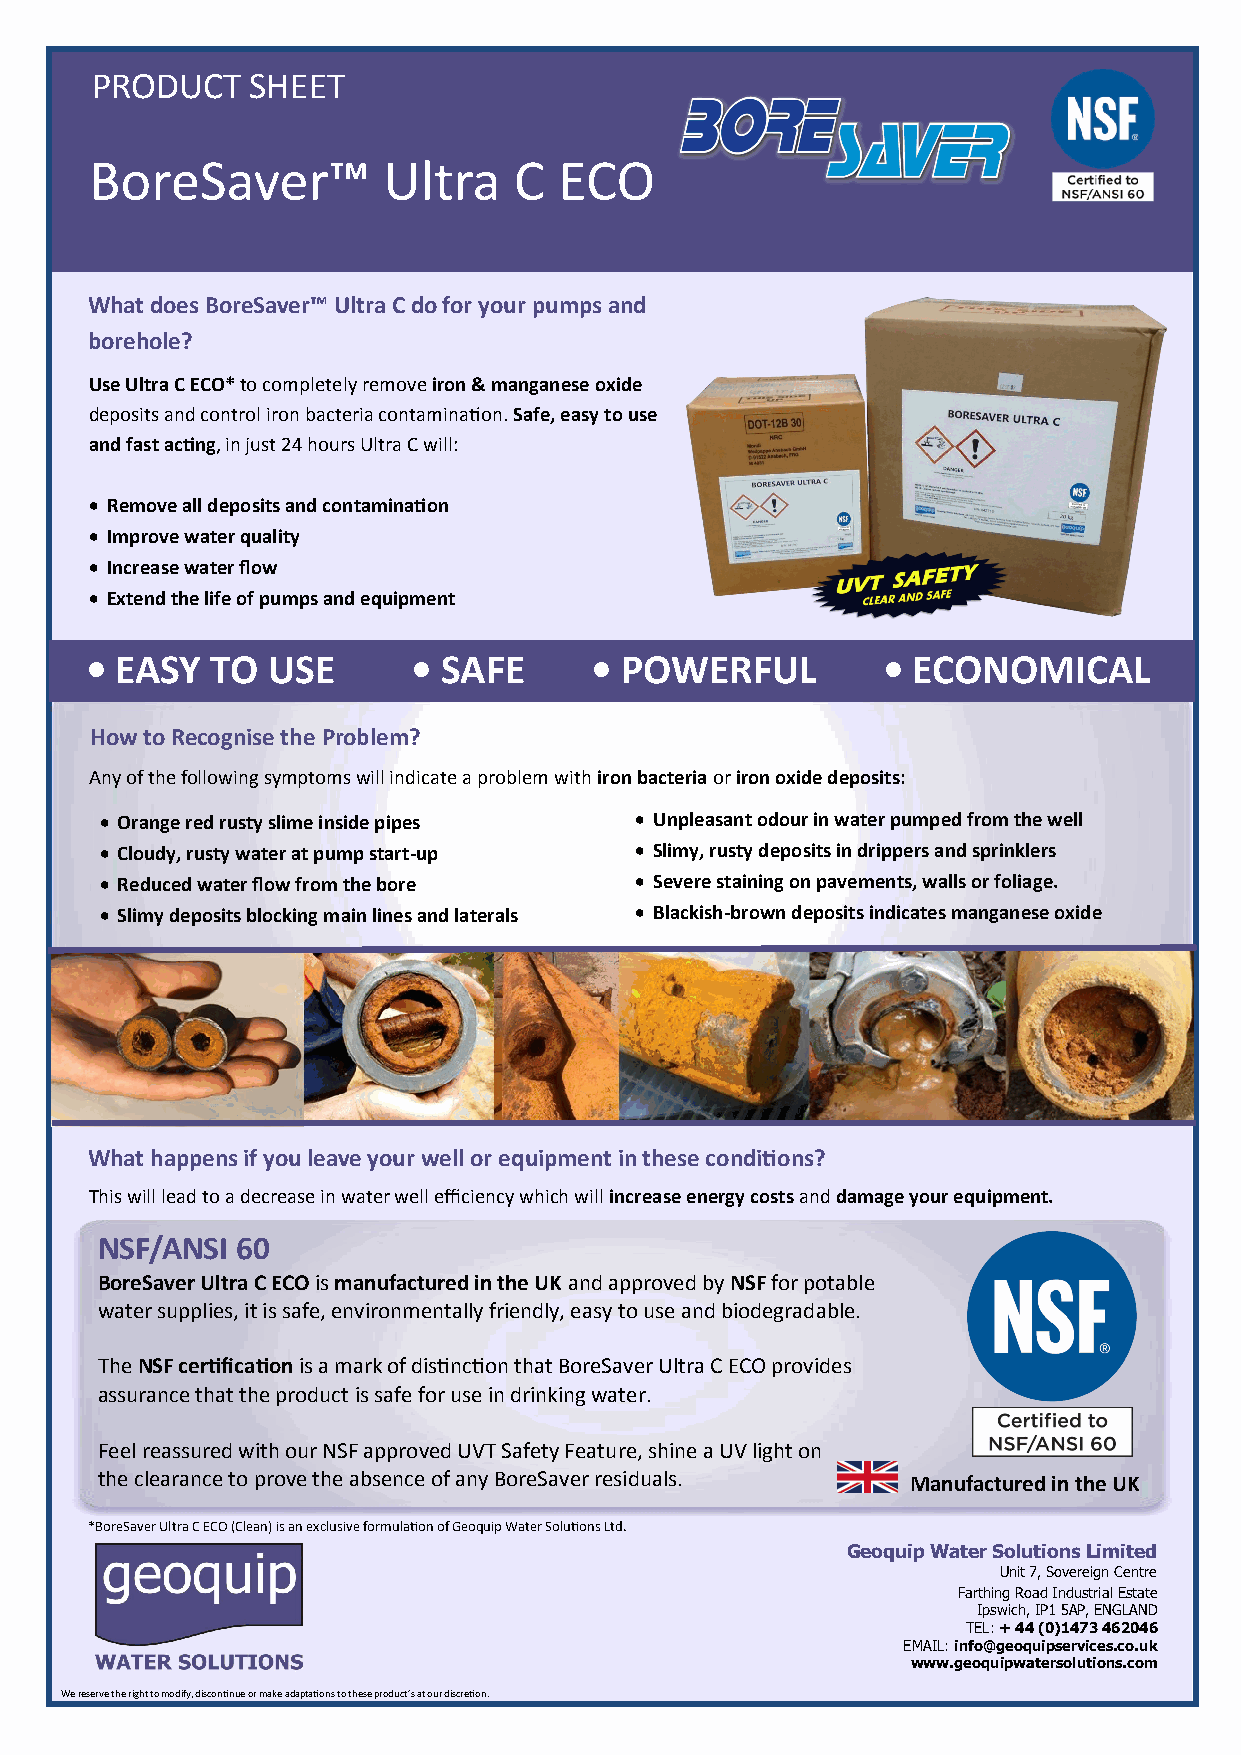
PRODUCT    SHEET
 BoreSaver™         Ultra    C  ECO
 What does BoreSaver™ Ultra C do for your pumps and
 borehole?
 Use Ultra C ECO* to completely remove iron & manganese oxide
 deposits and control iron bacteria contamination. Safe, easy to use
 and fast acting, in just 24 hours Ultra C will:
 • Remove all deposits and contamination
 • Improve water quality
 • Increase water flow
 • Extend the life of pumps and equipment
 • EASY  TO  USE      • SAFE      • POWERFUL         • ECONOMICAL
 How to Recognise the Problem?
 Any of the following symptoms will indicate a problem with iron bacteria or iron oxide deposits:
 • Orange red rusty slime inside pipes • Unpleasant odour in water pumped from the well
 • Cloudy, rusty water at pump start-up • Slimy, rusty deposits in drippers and sprinklers
 • Reduced water flow from the bore • Severe staining on pavements, walls or foliage.
 • Slimy deposits blocking main lines and laterals • Blackish-brown deposits indicates manganese oxide
 What happens if you leave your well or equipment in these conditions?
 This will lead to a decrease in water well efficiency which will increase energy costs and damage your equipment.
 NSF/ANSI  60
 BoreSaver Ultra C ECO is manufactured in the UK and approved by NSF for potable
 water supplies, it is safe, environmentally friendly, easy to use and biodegradable.
 The NSF certification is a mark of distinction that BoreSaver Ultra C ECO provides
 assurance that the product is safe for use in drinking water.
 Feel reassured with our NSF approved UVT Safety Feature, shine a UV light on
 the clearance to prove the absence of any BoreSaver residuals. Manufactured in the UK
 *BoreSaver Ultra C ECO (Clean) is an exclusive formulation of Geoquip Water Solutions Ltd.
 Geoquip Water Solutions Limited
 Unit 7, Sovereign Centre
 Farthing Road Industrial Estate
 Ipswich, IP1 5AP, ENGLAND
 TEL: + 44 (0)1473 462046
 EMAIL: info@geoquipservices.co.uk
 www.geoquipwatersolutions.com
 We reserve the right to modify, discontinue or make adaptations to these product’s at our discretion.